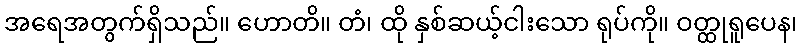
အရေအတွက်ရှိသည်။ ဟောတိ။ တံ၊ ထို နှစ်ဆယ့်ငါးသော ရုပ်ကို။ ဝတ္ထုရူပေန၊